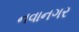
નવાનગર